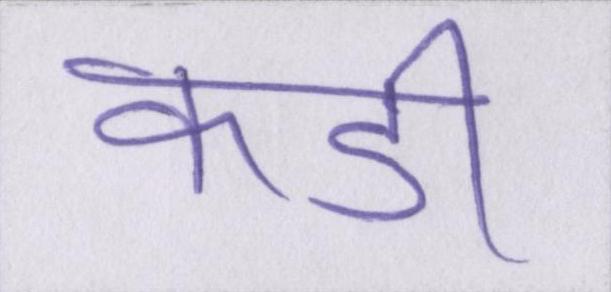
कडी